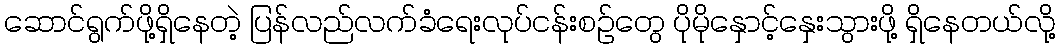
ဆောင်ရွက်ဖို့ရှိနေတဲ့ ပြန်လည်လက်ခံရေးလုပ်ငန်းစဉ်တွေ ပိုမိုနှောင့်နှေးသွားဖို့ ရှိနေတယ်လို့